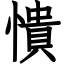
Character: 憒